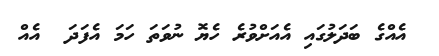
އެއްގެ ބަދަލުގައި އެއަށްވުރެ ހެޔޮ ނުވަތަ ހަމަ އެފަދަ  އެއް